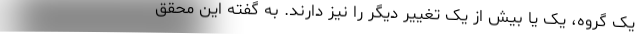
یک گروه، یک یا بیش از یک تغییر دیگر را نیز دارند. به گفته این محقق